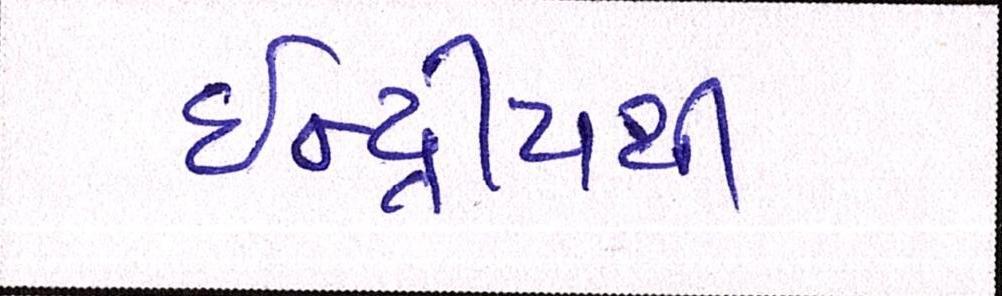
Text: ઇન્દ્રીયથી